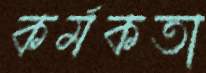
কর্মকতা